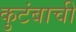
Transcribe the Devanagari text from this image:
कुटंबाची